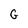
Character: G